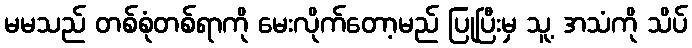
မမသည် တစ်စုံတစ်ရာကို မေးလိုက်တော့မည် ပြုပြီးမှ သူ့ အသံကို သိပ်